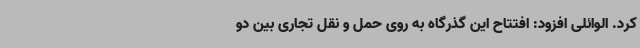
کرد. الوائلی افزود: افتتاح این گذرگاه به روی حمل و نقل تجاری بین دو